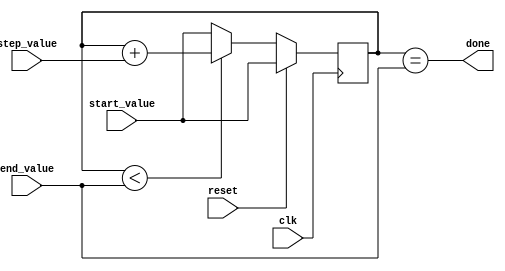
module Incremental_for_loop (
    input wire clk,
    input wire reset,
    input wire [7:0] start_value,
    input wire [7:0] end_value,
    input wire [7:0] step_value,
    output wire done
);

reg [7:0] counter;

always @(posedge clk) begin
    if (reset) begin
        counter <= start_value;
    end else begin
        if (counter < end_value) begin
            counter <= counter + step_value;
        end else begin
            counter <= start_value;
        end
    end
end

assign done = (counter == end_value);

endmodule